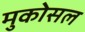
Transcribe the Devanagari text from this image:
मुकोसल